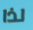
لذا